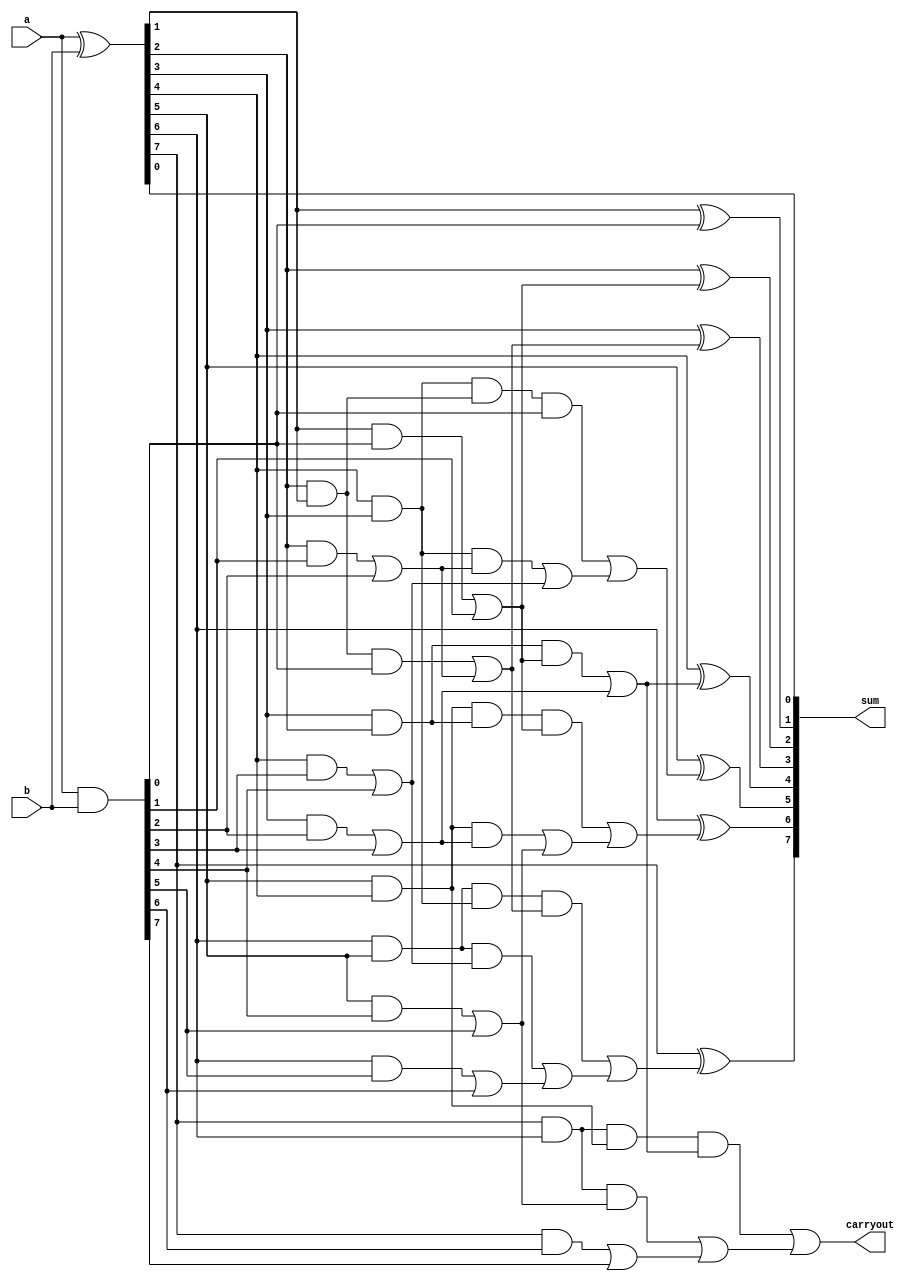
`timescale 1ns / 1ps
//////////////////////////////////////////////////////////////////////////////////
// Company: 
// Engineer: 
// 
// Design Name: 
// Module Name: KSA
// Project Name: 
// Target Devices: 
// Tool Versions: 
// Description: 
// 
// Dependencies: 
// 
// Revision:
// Revision 0.01 - File Created
// Additional Comments:
// 
//////////////////////////////////////////////////////////////////////////////////


module KSA(a, b, sum, carryout);

input [7:0]a;

input [7:0]b;

wire cin;

output [7:0]sum;

output carryout;

wire [7:0] p,g,cp,cg,ccg,ccp,cccp,cccg,c;

assign p=a^b;

assign g=a&b;

assign cg[0]=(g[0]);

assign cp[0]=(p[0]);

assign cg[1]=(p[1]&g[0])|g[1];

assign cp[1]=(p[1]&p[0]);

assign cg[2]=(p[2]&g[1])|g[2];

assign cp[2]=p[2]&p[1];

assign cg[3]=(p[3]&g[2])|g[3];
assign cp[3]=p[3]&p[2];

assign cg[4]=(p[4]&g[3])|g[4];
assign cp[4]=p[4]&p[3];

assign cg[5]=(p[5]&g[4])|g[5];
assign cp[5]=p[5]&p[4];

assign cg[6]=(p[6]&g[5])|g[6];
assign cp[6]=p[6]&p[5];

assign cg[7]=(p[7]&g[6])|g[7];
assign cp[7]=p[7]&p[6];


assign ccg[0]=cg[0];
assign ccp[0]=cp[0];

assign ccg[1]=cg[1];
assign ccp[1]=cp[1];

assign ccg[2]=(cp[2]&cg[0])|cg[2];
assign ccp[2]=cp[2]&cp[0];

assign ccg[3]=(cp[3]&cg[1])|cg[3];
assign ccp[3]=cp[3]&cp[1];

assign ccg[4]=(cp[4]&cg[2])|cg[4];
assign ccp[4]=cp[4]&cp[2];

assign ccg[5]=(cp[5]&cg[3])|cg[5];
assign ccp[5]=cp[5]&cp[3];

assign ccg[6]=(cp[6]&cg[4])|cg[6];
assign ccp[6]=cp[6]&cp[4];

assign ccg[7]=(cp[7]&cg[5])|cg[7];
assign ccp[7]=cp[7]&cp[5];

assign cccg[0]=ccg[0];
assign cccp[0]=ccp[0];

assign cccg[1]=ccg[1];
assign cccp[1]=ccp[1];

assign cccg[2]=ccg[2];
assign cccp[2]=ccp[2];

assign cccg[3]=ccg[3];
assign cccp[3]=ccp[3];

assign cccg[4]=(ccp[4]&ccg[0])|ccg[4];
assign cccp[4]=ccp[4]&ccp[0];

assign cccg[5]=(ccp[5]&ccg[1])|ccg[5];
assign cccp[5]=ccp[5]&ccp[1];

assign cccg[6]=(ccp[6]&ccg[2])|ccg[6];
assign cccp[6]=ccp[6]&ccp[2];

assign cccg[7]=(ccp[7]&ccg[3])|ccg[7];
assign cccp[7]=ccp[7]&ccp[3];

assign c=cccg;

assign cin = 0;

assign sum[0]=p[0]^cin;

assign sum[1]=p[1]^c[0];

assign sum[2]=p[2]^c[1];

assign sum[3]=p[3]^c[2];

assign sum[4]=p[4]^c[3];

assign sum[5]=p[5]^c[4];

assign sum[6]=p[6]^c[5];

assign sum[7]=p[7]^c[6];

assign carryout=c[7];

endmodule